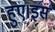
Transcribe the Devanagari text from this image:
हुए।इस